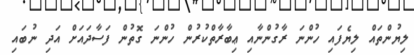
ލިޔުންތައް ލިޔެފައި ހުންނަ ރާގުންނާއި ޢިބާރާތްކުރުން ހުންނަ ގޮތުން ފަސާދައަށް އަދި ނުބައި